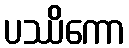
ပဿိကော